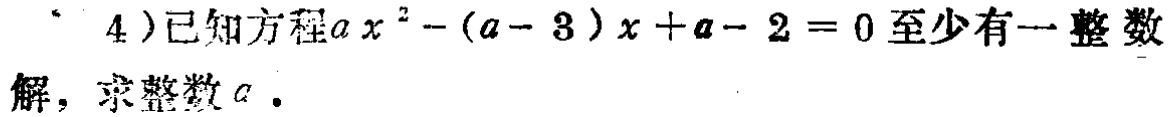
4）已知方程\(ax^{2}-(a - 3)x + a - 2 = 0\)至少有一整数解，求整数\(a\)。